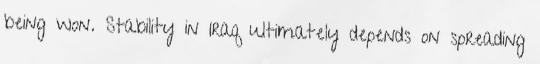
being won. Stability in Iraq ultimately depends on spreading